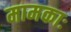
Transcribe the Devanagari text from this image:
मामकाः